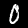
Digit: 0